Annual administration report of the Civil Veterinary Department of India - 1895-1896
Year: 1895
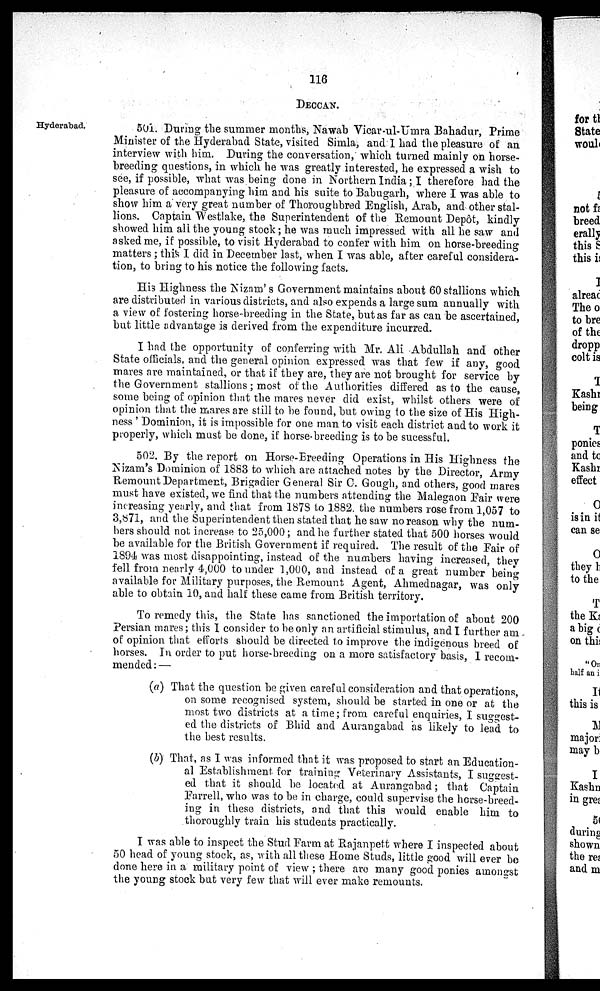
116
DECCAN.
Hyderabad.
501. During the summer months, Nawab Vicar-ul-Umra Bahadur, Prime
Minister of the Hyderabad State, visited Simla, and I had the pleasure of an
interview with him. During the conversation, which turned mainly on horse-
breeding questions, in which he was greatly interested, he expressed a wish to
see, if possible, what was being done in Northern India; I therefore had the
pleasure of accompanying him and his suite to Babugarh, where I was able to
show him a very great number of Thoroughbred English, Arab, and other stal-
lions. Captain Westlake, the Superintendent of the Remount Depôt, kindly
showed him all the young stock; he was much impressed with all he saw and
asked me, if possible, to visit Hyderabad to confer with him on horse-breeding
matters; this I did in December last, when I was able, after careful considera-
tion, to bring to his notice the following facts.
His Highness the Nizam's Government maintains about 60 stallions which
are distributed in various districts, and also expends a large sum annually with
a view of fostering horse-breeding in the State, but as far as can be ascertained,
but little advantage is derived from the expenditure incurred.
I had the opportunity of conferring with Mr. Ali Abdullah and other
State officials, and the general opinion expressed was that few if any, good
mares are maintained, or that if they are, they are not brought for service by
the Government stallions; most of the Authorities differed as to the cause,
some being of opinion that the mares never did exist, whilst others were of
opinion that the mares are still to be found, but owing to the size of His High-
ness' Dominion, it is impossible for one man to visit each district and to work it
properly, which must be done, if horse breeding is to be sucessful.
502. By the report on Horse-Breeding Operations in His Highness the
Nizam's Dominion of 1883 to which are attached notes by the Director, Army
Remount Department, Brigadier General Sir C. Gough, and others, good mares
must have existed, we find that the numbers attending the Malegaon Fair were
increasing yearly, and that from 1878 to 1882. the numbers rose from 1,057 to
3,871, and the Superintendent then stated that he saw no reason why the num-
bers should not increase to 25,000; and he further stated that 500 horses would
be available for the British Government if required. The result of the Fair of
1894 was most disappointing, instead of the numbers having increased, they
fell from nearly 4,000 to under 1,000, and instead of a great number being
available for Military purposes, the Remount Agent, Ahmednagar, was only
able to obtain 10, and half these came from British territory.
To remedy this, the State has sanctioned the importation of about 200
Persian mares; this I consider to be only an artificial stimulus, and I further am
of opinion that efforts should be directed to improve the indigenous breed of
horses. In order to put horse-breeding on a more satisfactory basis, I recom-
mended :—
(a) That the question be given careful consideration and that operations,
on some recognised system, should be started in one or at the
most two districts at a time; from careful enquiries, I suggest-
ed the districts of Bhid and Aurangabad as likely to lead to
the best results.
(b) That, as I was informed that it was proposed to start an Education-
al Establishment for training Veterinary Assistants, I suggest-
ed that it should be located at Aurangabad; that Captain
Farrell, who was to be in charge, could supervise the horse-breed-
ing in these districts, and that this would enable him to
thoroughly train his students practically.
I was able to inspect the Stud Farm at Rajanpett where I inspected about
50 head of young stock, as, with all these Home Studs, little good will ever be
done here in a military point of view; there are many good ponies amongst
the young stock but very few that will ever make remounts.